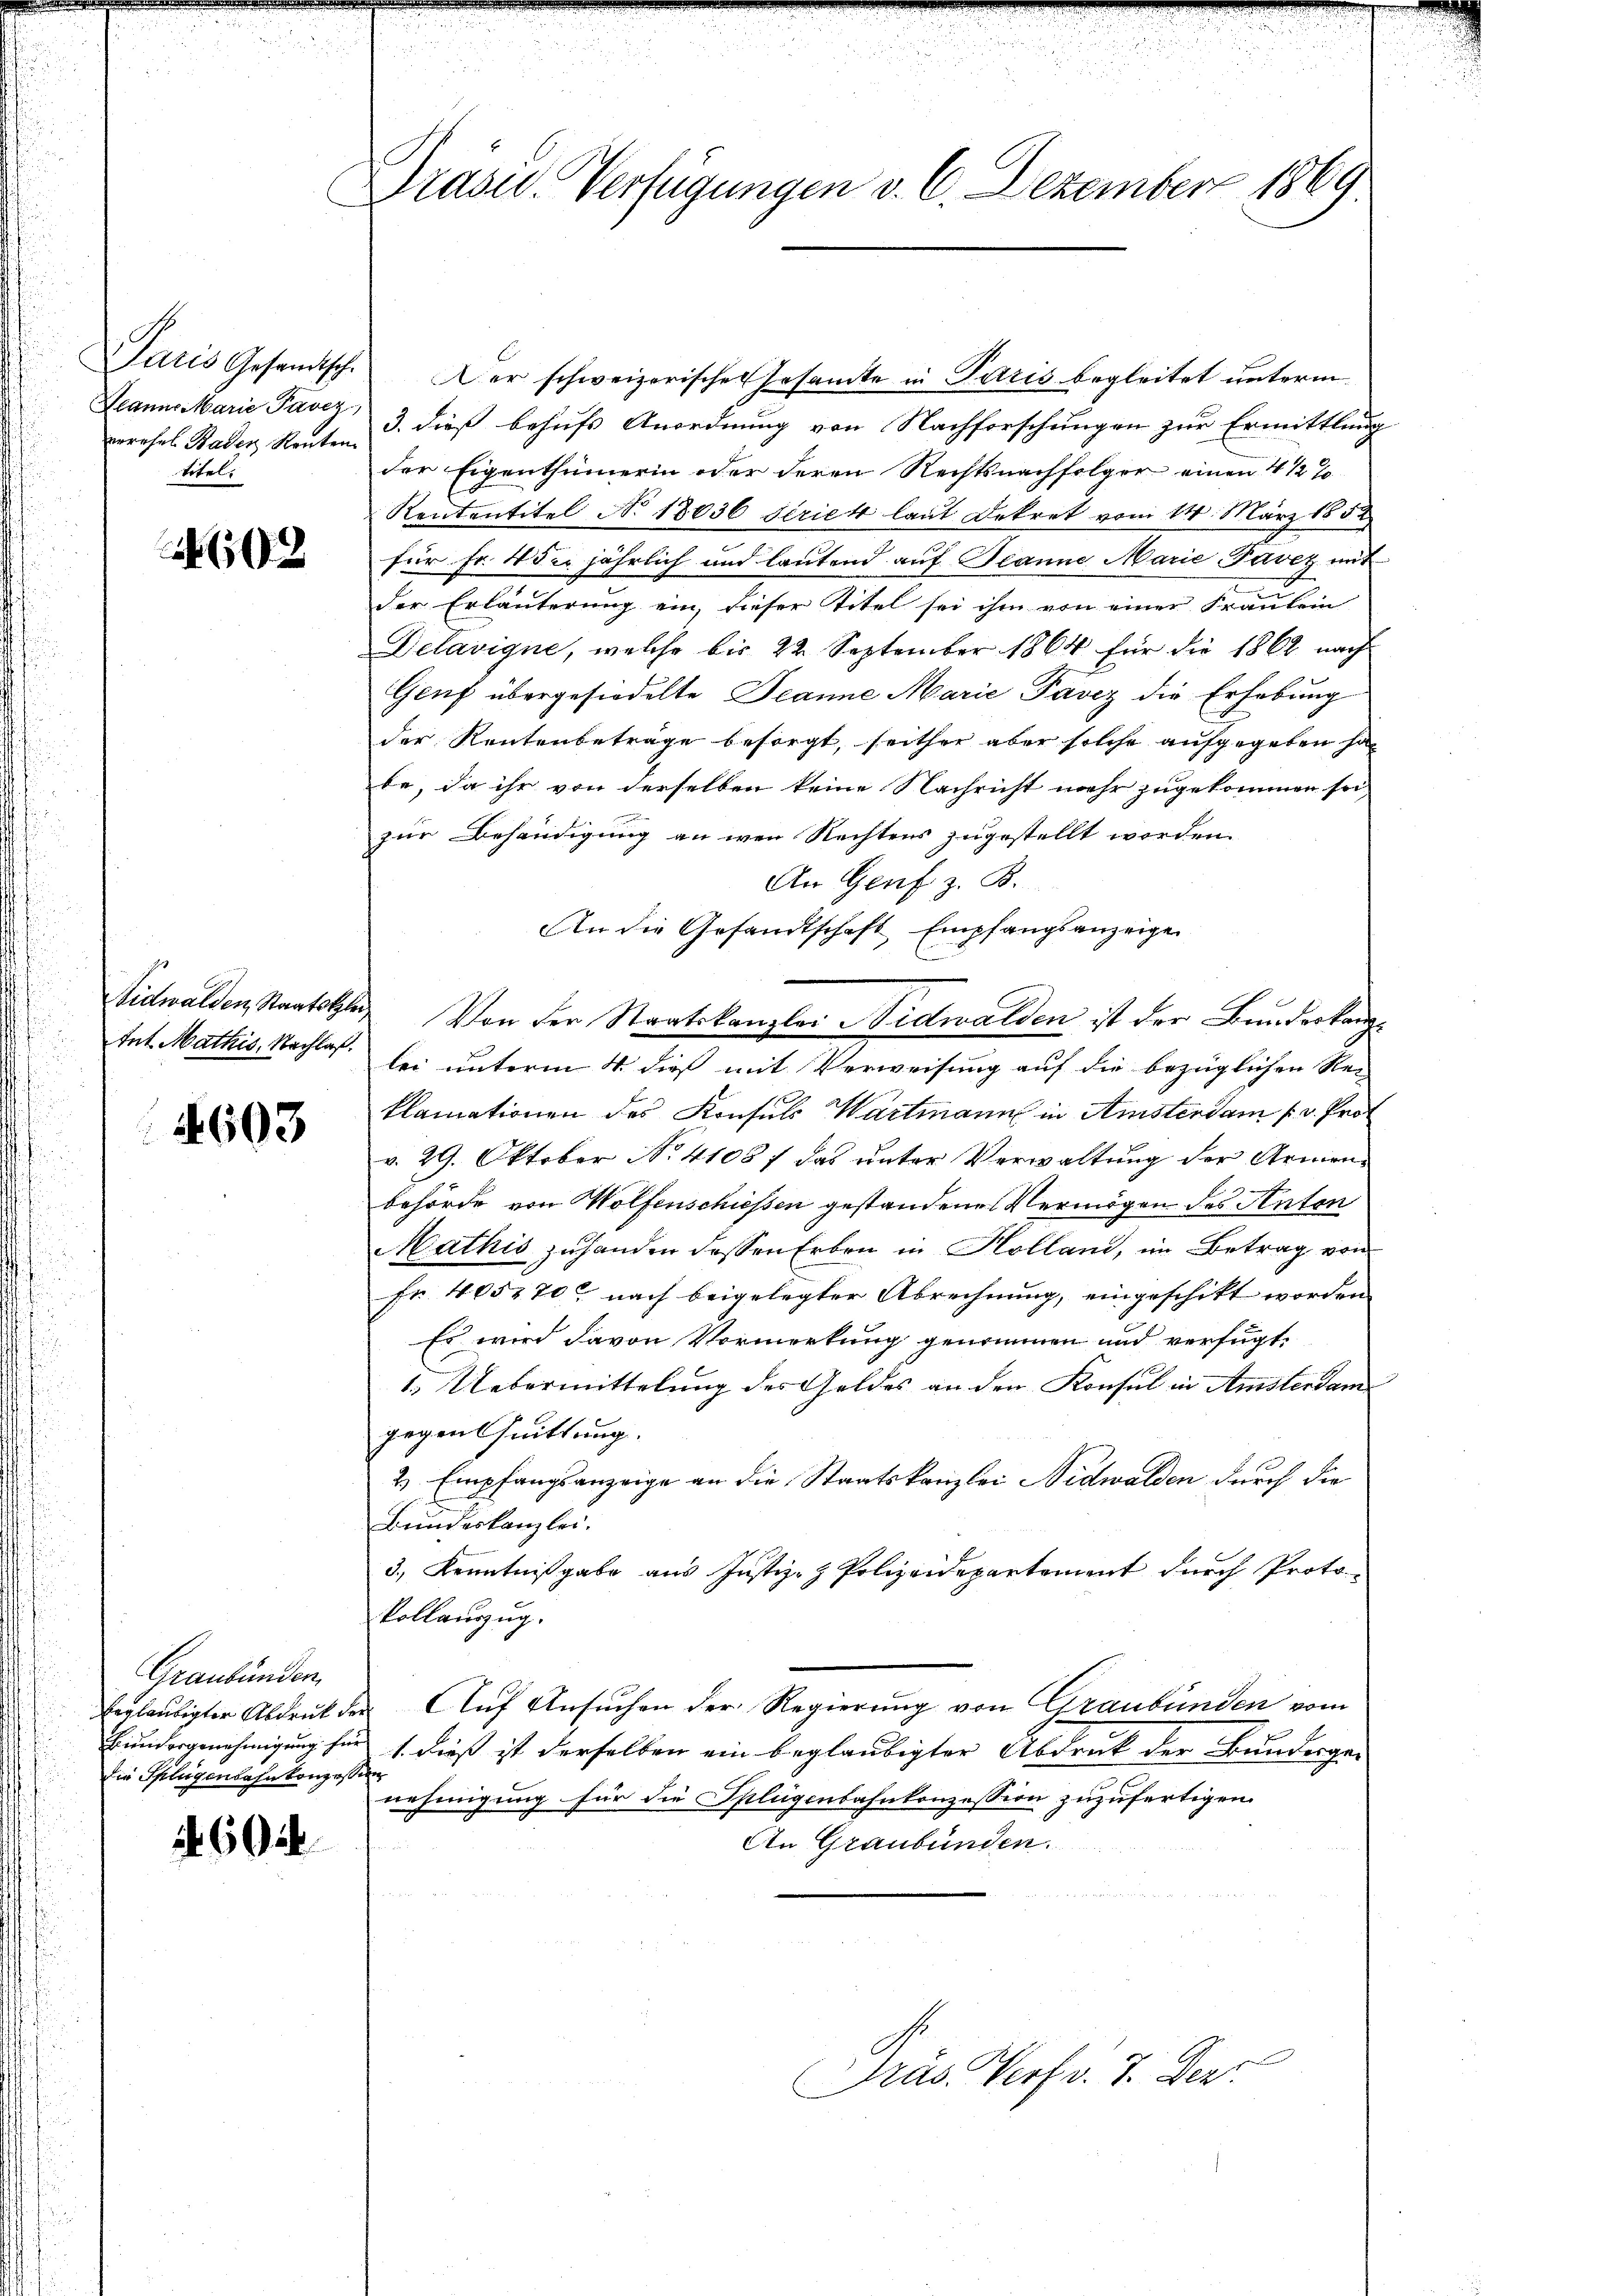
Paris Gesandtsch.
Jeanne Marie Pavez
errösel Baden Renten
titel.

602

Nidwalden, Staatsklei
tnt Mathis, Nachlaß.

2603

Graubünden.
beglaubigter Abdruck der
Biedergenehmigung für
die Splügenbahnkonzessin

1604

Drasu. Verfügungen v. 6. Dezember 1869

Aer schweizerischen Gesamte in Paris begleitet unterm
3. dieß behufs Anordnung von Nachforschungen zur Ermittlung
der Eigenthümerin oder deren Rechtsnachfolger einen 4 1/2 %
Rententitel No 18036 Seriet laut Dekret vom 14. März 1852
für Fr. 4 der jährlich und lautend auf Planne Marie Pavez mit
der Erläuterung ein, dieser Titel sei ihm von einer Fraulein
Delavigne, welche bis 22. September 1864 für die 1862 nach
Genf übergesiedelte Deanne Marie Pavez die Erhebung
der Rentenbetrage besorgt, seither aber solche aufgegeben ha
be, da ihr von derselben keine Nachricht mehr zugekommen sei
zur Behändigung an wen Rechtens zugestellt worden.
An Genf z. B.
An die Gesandtschaft Empfangsanzeigen
Von der Staatskanzlei Nidwalden ist der Bundeskanzlei unterm 4. dieß mit Verweisung auf die bezüglichen Re-
klamationen des Konsuls Wartmann in Amsterdam p. v. Prof
v. 29. Oktober No. 41087 das unter Verwaltung der Armen-
behörde von Wolfenschiessen gestandene Vermögen des Anton
Mathis zuhanden dessen Erben in Holland, im Betrag von
Fr. 405870 nach beigelegter Abrechnung, eingeschikt worden
Es wird davon Vormerkung genommen und verfügt:
1.) Uebermittelung des Geldes an den Konsul in Amsterdam
gegen Quittung.
2.) Empfangsanzeige an die Staatskanzlei Nidwalden durch die
Bundeskanzlei.
3., Kenntnißgabe aus Justiz- & Polizeidepartement durch Proto¬
Vollauszug.
Auf Ansuchen der Regierung von Graubünden vom
1. dieß ist derselben ein beglaubigter Abdruck der Bundergenehmigung für die Splügenbahnkonzession zuzufertigen.
An Graubünden.
Präs. Verf. v. 7. Dez.